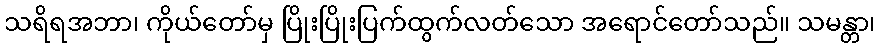
သရိရအဘာ၊ ကိုယ်တော်မှ ပြိုးပြိုးပြက်ထွက်လတ်သော အရောင်တော်သည်။ သမန္တာ၊